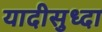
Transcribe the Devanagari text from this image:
यादीसुध्दा